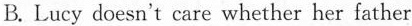
B. Lucy doesn't care whether her father